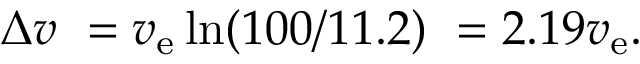
\Delta v \ = v _ { \mathrm { e } } \ln ( 1 0 0 / 1 1 . 2 ) \ = 2 . 1 9 v _ { \mathrm { e } } .